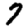
Digit: 7